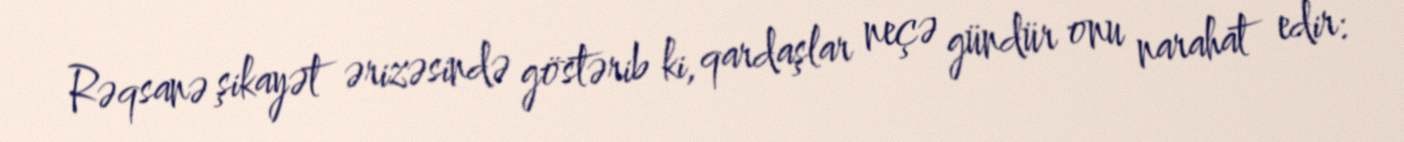
Rəqsanə şikayət ərizəsində göstərib ki, qardaşlar neçə gündür onu narahat edir: